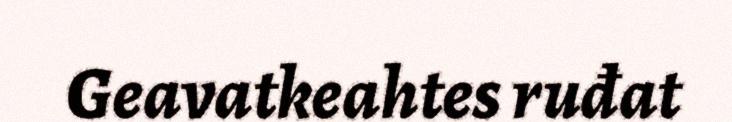
Geavatkeahtes ruđat